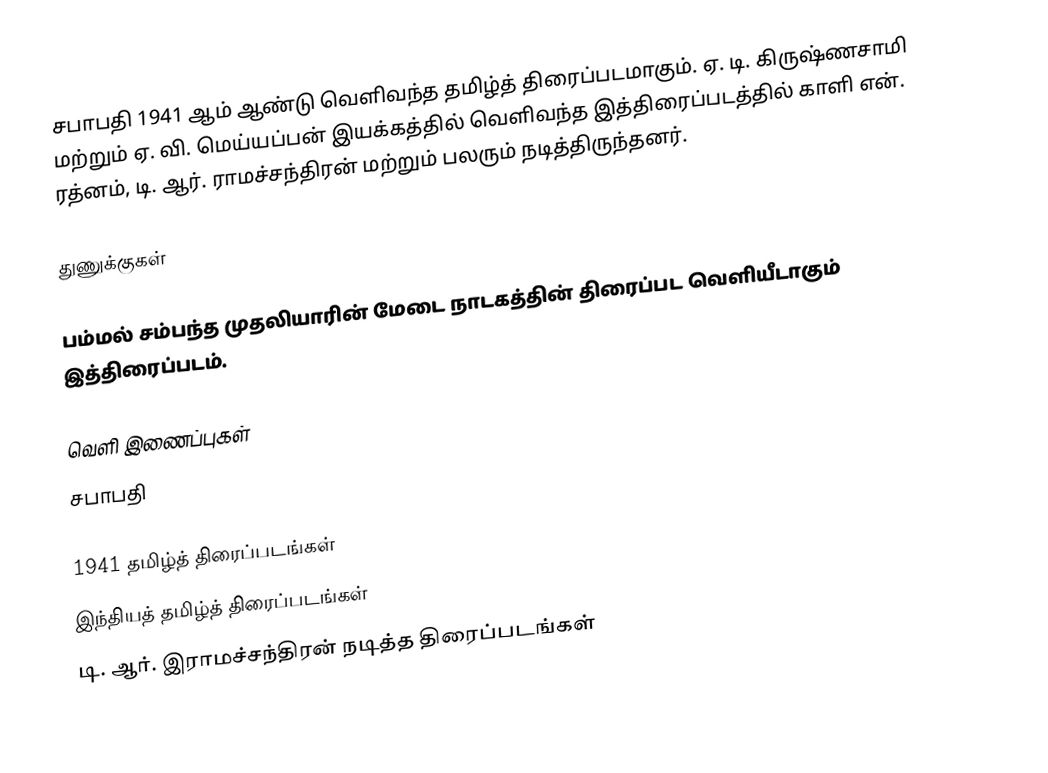
சபாபதி 1941 ஆம் ஆண்டு வெளிவந்த தமிழ்த் திரைப்படமாகும். ஏ. டி. கிருஷ்ணசாமி மற்றும் ஏ. வி. மெய்யப்பன் இயக்கத்தில் வெளிவந்த இத்திரைப்படத்தில் காளி என். ரத்னம், டி. ஆர். ராமச்சந்திரன் மற்றும் பலரும் நடித்திருந்தனர்.

துணுக்குகள்

 பம்மல் சம்பந்த முதலியாரின் மேடை நாடகத்தின் திரைப்பட வெளியீடாகும் இத்திரைப்படம்.

வெளி இணைப்புகள்
 சபாபதி

1941 தமிழ்த் திரைப்படங்கள்
இந்தியத் தமிழ்த் திரைப்படங்கள்
டி. ஆர். இராமச்சந்திரன் நடித்த திரைப்படங்கள்